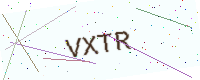
Text: VXTR